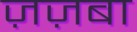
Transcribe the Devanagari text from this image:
ज़ज़बा